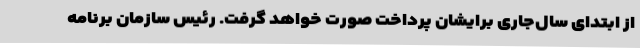
از ابتدای سال‌جاری برایشان پرداخت صورت خواهد گرفت. رئیس سازمان برنامه